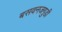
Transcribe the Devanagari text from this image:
बसवनजगुडी